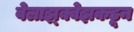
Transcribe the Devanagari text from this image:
वेलाझ्क्वेझकडून